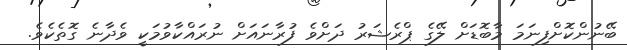
ބޭނުންކޮށްފިނަމަ މާބޮޑަށް ލޭގެ ޕްރެޝަރު ދަށްވެ ފުރާނައަށް ނުރައްކާވުމަކީ ވެދާނެ ގޮތެކެވެ.